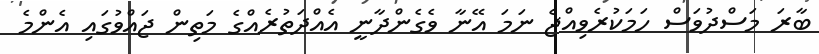
ބާރަ މަސްދުވަސް ހަމަކުރެވިއްޖެ ނަމަ އޭނާ ވެގެންދާނީ އެއްދަތުރެއްގެ މަތިން ޖައްވުގައި އެންމެ